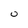
Character: 0